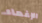
الإغماء